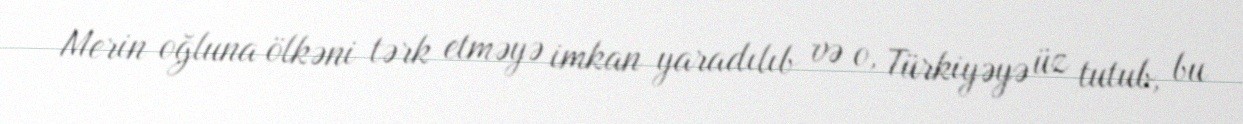
Merin oğluna ölkəni tərk etməyə imkan yaradılıb və o, Türkiyəyə üz tutub, bu